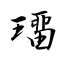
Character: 璢